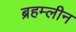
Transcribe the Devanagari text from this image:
ब्रहम्लीन